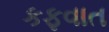
કફવાત